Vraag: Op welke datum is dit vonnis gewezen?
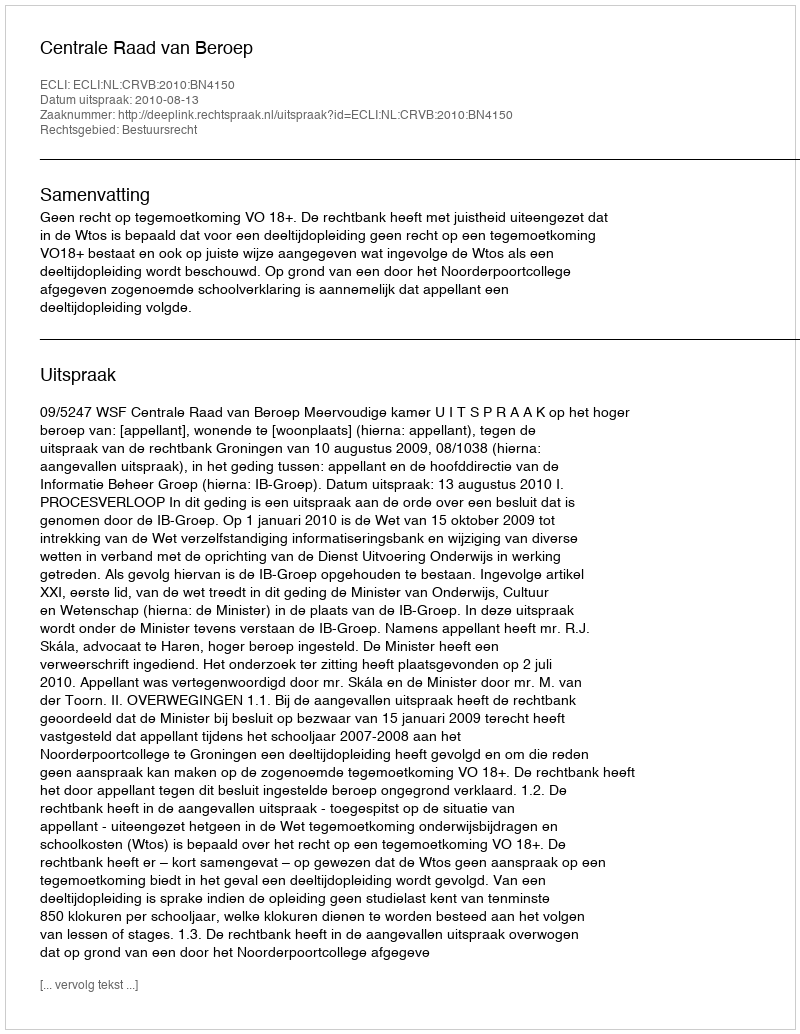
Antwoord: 2010-08-13